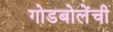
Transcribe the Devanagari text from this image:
गोडबोलेंची